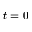
t = 0